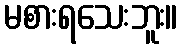
မစားရသေးဘူး။